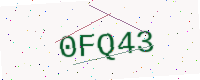
Text: 0FQ43